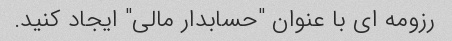
رزومه ای با عنوان "حسابدار مالی" ایجاد کنید.